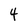
Character: 4